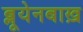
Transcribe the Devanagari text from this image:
ब्लूयेनबाख़